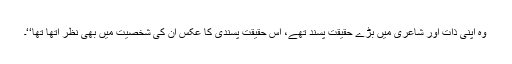
وہ اپنی ذات اور شاعری میں بڑے حقیقت پسند تھے، اس حقیقت پسندی کا عکس ان کی شخصیت میں بھی نظر آتھا تھا‘‘۔